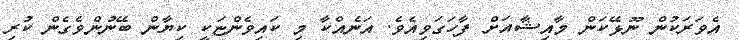
އެވަރަކުން ނޫޅޭކަން މާއިޝާއަށް ފާހަގަވިއެވެ. އަނެއްކާ މި ކައިވެންޏަކީ ކިޔާން ބޭނުންވެގެން ކުރި